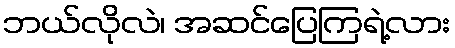
ဘယ်လိုလဲ၊ အဆင်ပြေကြရဲ့လား